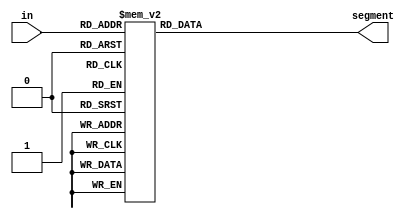
/* ------------------------------------------------ *
 * Project     : Digital Clock                      *
 * Module      : seven_segment_display              *
 * ------------------------------------------------ *
 * Last Edit   : 25/05/2021                         *
 * ------------------------------------------------ *
 * Description : Creates the seven segments data    *
  		         of hours and minutes
 * ------------------------------------------------ */


//---------------------------------------------------SEVEN SEGMENT DISPLAY------------------------------------------------
module seven_segment_display (in,segment);
input [0:5] in; output reg [0:13] segment;

always @ (in,segment)
begin
    case (in)
    00 : segment = 14'b0000001_0000001;    // 00 to 09
    01 : segment = 14'b0000001_1001111;
    02 : segment = 14'b0000001_0010010;
    03 : segment = 14'b0000001_0000110;
    04 : segment = 14'b0000001_1001100;
    05 : segment = 14'b0000001_0100100;
    06 : segment = 14'b0000001_0100000;
    07 : segment = 14'b0000001_0001111;
    08 : segment = 14'b0000001_0000000;
    09 : segment = 14'b0000001_0000100;

    10 : segment = 14'b1001111_0000001;    // 10 to 19
    11 : segment = 14'b1001111_1001111;
    12 : segment = 14'b1001111_0010010;
    13 : segment = 14'b1001111_0000110;
    14 : segment = 14'b1001111_1001100;
    15 : segment = 14'b1001111_0100100;
    16 : segment = 14'b1001111_0100000;
    17 : segment = 14'b1001111_0001111;
    18 : segment = 14'b1001111_0000000;
    19 : segment = 14'b1001111_0000100;

    20 : segment = 14'b0010010_0000001;    // 20 to 29
    21 : segment = 14'b0010010_1001111;
    22 : segment = 14'b0010010_0010010;
    23 : segment = 14'b0010010_0000110;
    24 : segment = 14'b0010010_1001100;
    25 : segment = 14'b0010010_0100100;
    26 : segment = 14'b0010010_0100000;
    27 : segment = 14'b0010010_0001111;
    28 : segment = 14'b0010010_0000000;
    29 : segment = 14'b0010010_0000100;

    30 : segment = 14'b0000110_0000001;    // 30 to 39
    31 : segment = 14'b0000110_1001111;
    32 : segment = 14'b0000110_0010010;
    33 : segment = 14'b0000110_0000110;
    34 : segment = 14'b0000110_1001100;
    35 : segment = 14'b0000110_0100100;
    36 : segment = 14'b0000110_0100000;
    37 : segment = 14'b0000110_0001111;
    38 : segment = 14'b0000110_0000000;
    39 : segment = 14'b0000110_0000100;

    40 : segment = 14'b1001100_0000001;    // 40 to 49
    41 : segment = 14'b1001100_1001111;
    42 : segment = 14'b1001100_0010010;
    43 : segment = 14'b1001100_0000110;
    44 : segment = 14'b1001100_1001100;
    45 : segment = 14'b1001100_0100100;
    46 : segment = 14'b1001100_0100000;
    47 : segment = 14'b1001100_0001111;
    48 : segment = 14'b1001100_0000000;
    49 : segment = 14'b1001100_0000100;

    50 : segment = 14'b0100100_0000001;    // 50 to 59
    51 : segment = 14'b0100100_1001111;
    52 : segment = 14'b0100100_0010010;
    53 : segment = 14'b0100100_0000110;
    54 : segment = 14'b0100100_1001100;
    55 : segment = 14'b0100100_0100100;
    56 : segment = 14'b0100100_0100000;
    57 : segment = 14'b0100100_0001111;
    58 : segment = 14'b0100100_0000000;
    59 : segment = 14'b0100100_0000100;
    default : segment = 14'b0000001_0000001;
    endcase
end
endmodule